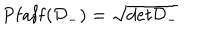
LaTeX: \mathrm { P f a f f } ( { \cal D } _ { - } ) = \sqrt { d e t { \cal D } _ { - } }